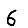
Digit: 6